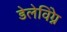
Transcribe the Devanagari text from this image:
डेलेविंग्ने